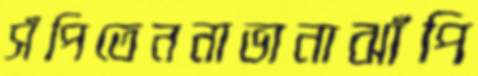
সঁপিতেননাভানাঝাঁপি